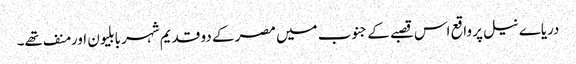
دریاے نیل پر واقع اس قصبے کے جنوب میں مصر کے دو قدیم شہر بابلیون اور منف تھے۔